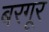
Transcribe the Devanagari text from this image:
बरगूर